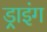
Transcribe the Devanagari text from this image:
ड्राइंंग